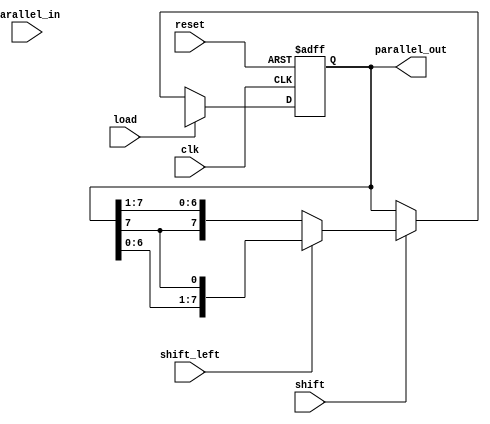
module UniversalShiftRegister (
    input wire clk,      // Clock input
    input wire reset,    // Reset input
    input wire shift_left,  // Shift direction control signal (0: shift right, 1: shift left)
    input wire parallel_in, // Selects data input source (0: serial, 1: parallel)
    input wire load,     // Parallel load control signal
    input wire shift,    // Shift control signal
    output reg [7:0] parallel_out  // Parallel output
    
);

reg [7:0] reg_data;
reg [7:0] next_data;

always @ (posedge clk or posedge reset) begin
    if (reset) begin
        reg_data <= 8'b00000000;
    end else begin
        if (load) begin
            if (parallel_in) begin
                reg_data <= next_data;
            end else begin
                reg_data <= {reg_data[6:0], next_data};
            end
        end else if (shift) begin
            if (shift_left) begin
                reg_data <= {reg_data[6:0], reg_data[7]};
            end else begin
                reg_data <= {reg_data[7], reg_data[7:1]};
            end
        end
    end
end

assign parallel_out = reg_data;

endmodule